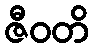
ဇီဝတိ